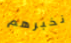
نخبرهم